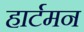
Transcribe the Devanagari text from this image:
हार्टमन